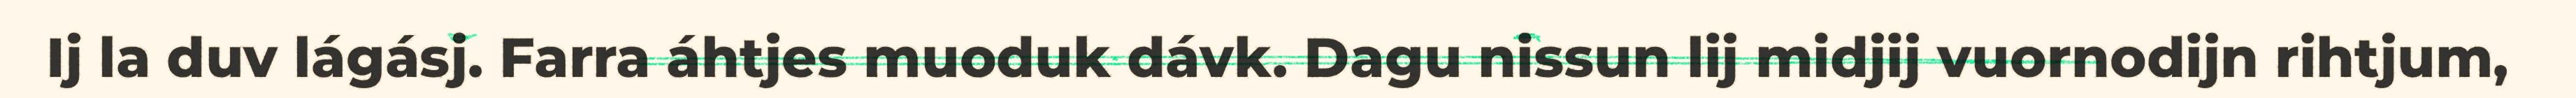
Ij la duv lágásj. Farra áhtjes muoduk dávk. Dagu nissun lij midjij vuornodijn rihtjum,